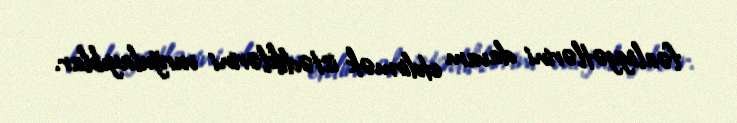
fəaliyyətlərini davam etdirmək istədiklərini vurğulayıblar.